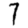
Digit: 7